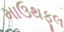
માઉથફૂલ